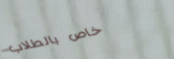
خاص بالطلاب